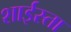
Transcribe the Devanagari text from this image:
शाईस्ता